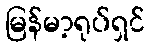
မြန်မာ့ရုပ်ရှင်